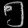
Digit: ၅